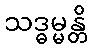
သဒ္ဓမ္မန္တိ